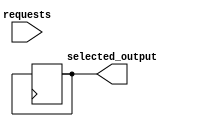
module parallel_arbiter #(
    parameter NUM_INPUTS = 4
)(
    input wire [NUM_INPUTS-1:0] requests,
    output reg selected_output
);

// Detect and prioritize incoming requests
reg [NUM_INPUTS-1:0] priority;
always @* begin
    // Implement priority logic here...
end

// Resolve conflicts if multiple requests are received simultaneously
always @* begin
    // Implement conflict resolution logic here...
end

// Synchronization block to ensure selected output is transmitted at correct time
reg selected_output_reg;
always @(posedge clk) begin
    selected_output_reg <= selected_output;
end

// Determine final output based on predetermined rules or conditions
always @* begin
    // Implement output selection logic based on priority...
end

// Assign selected output to registered value for timing control
always @* begin
    selected_output = selected_output_reg;
end

endmodule